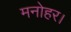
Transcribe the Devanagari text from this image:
मनोहर।